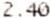
2.40